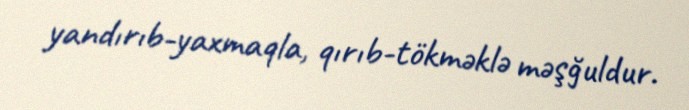
yandırıb-yaxmaqla, qırıb-tökməklə məşğuldur.